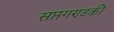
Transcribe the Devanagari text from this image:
सप्तगण्डकी